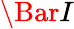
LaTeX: \Bar{I}